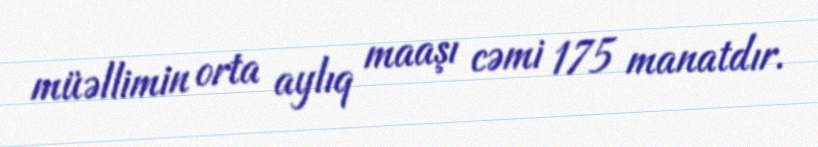
müəllimin orta aylıq maaşı cəmi 175 manatdır.